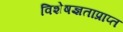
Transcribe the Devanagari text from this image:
विशेषज्ञताप्राप्त